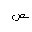
Letter: _sad